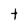
Character: t